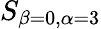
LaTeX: S_{\beta=0,\alpha=3}